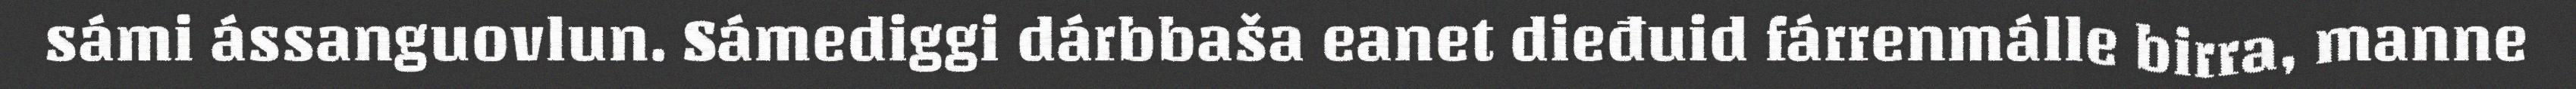
sámi ássanguovlun. Sámediggi dárbbaša eanet dieđuid fárrenmálle birra, manne